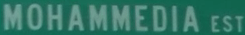
MOHAMMEDIA EST